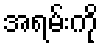
အရမ်းကို